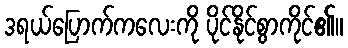
ဒရယ်ပြောက်ကလေးကို ပိုင်နိုင်စွာကိုင်၏။